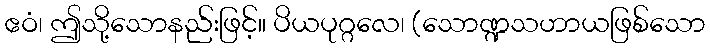
ဧဝံ၊ ဤသို့သောနည်းဖြင့်။ ပိယပုဂ္ဂလေ၊ (သောဏ္ဍသဟာယဖြစ်သော